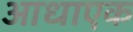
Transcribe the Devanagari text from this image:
आधाएक